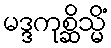
မဒ္ဒကုစ္ဆိသ္မိံ